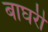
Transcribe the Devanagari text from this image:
बाघरी